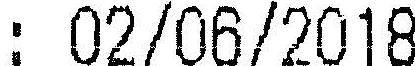
: 02/06/2018